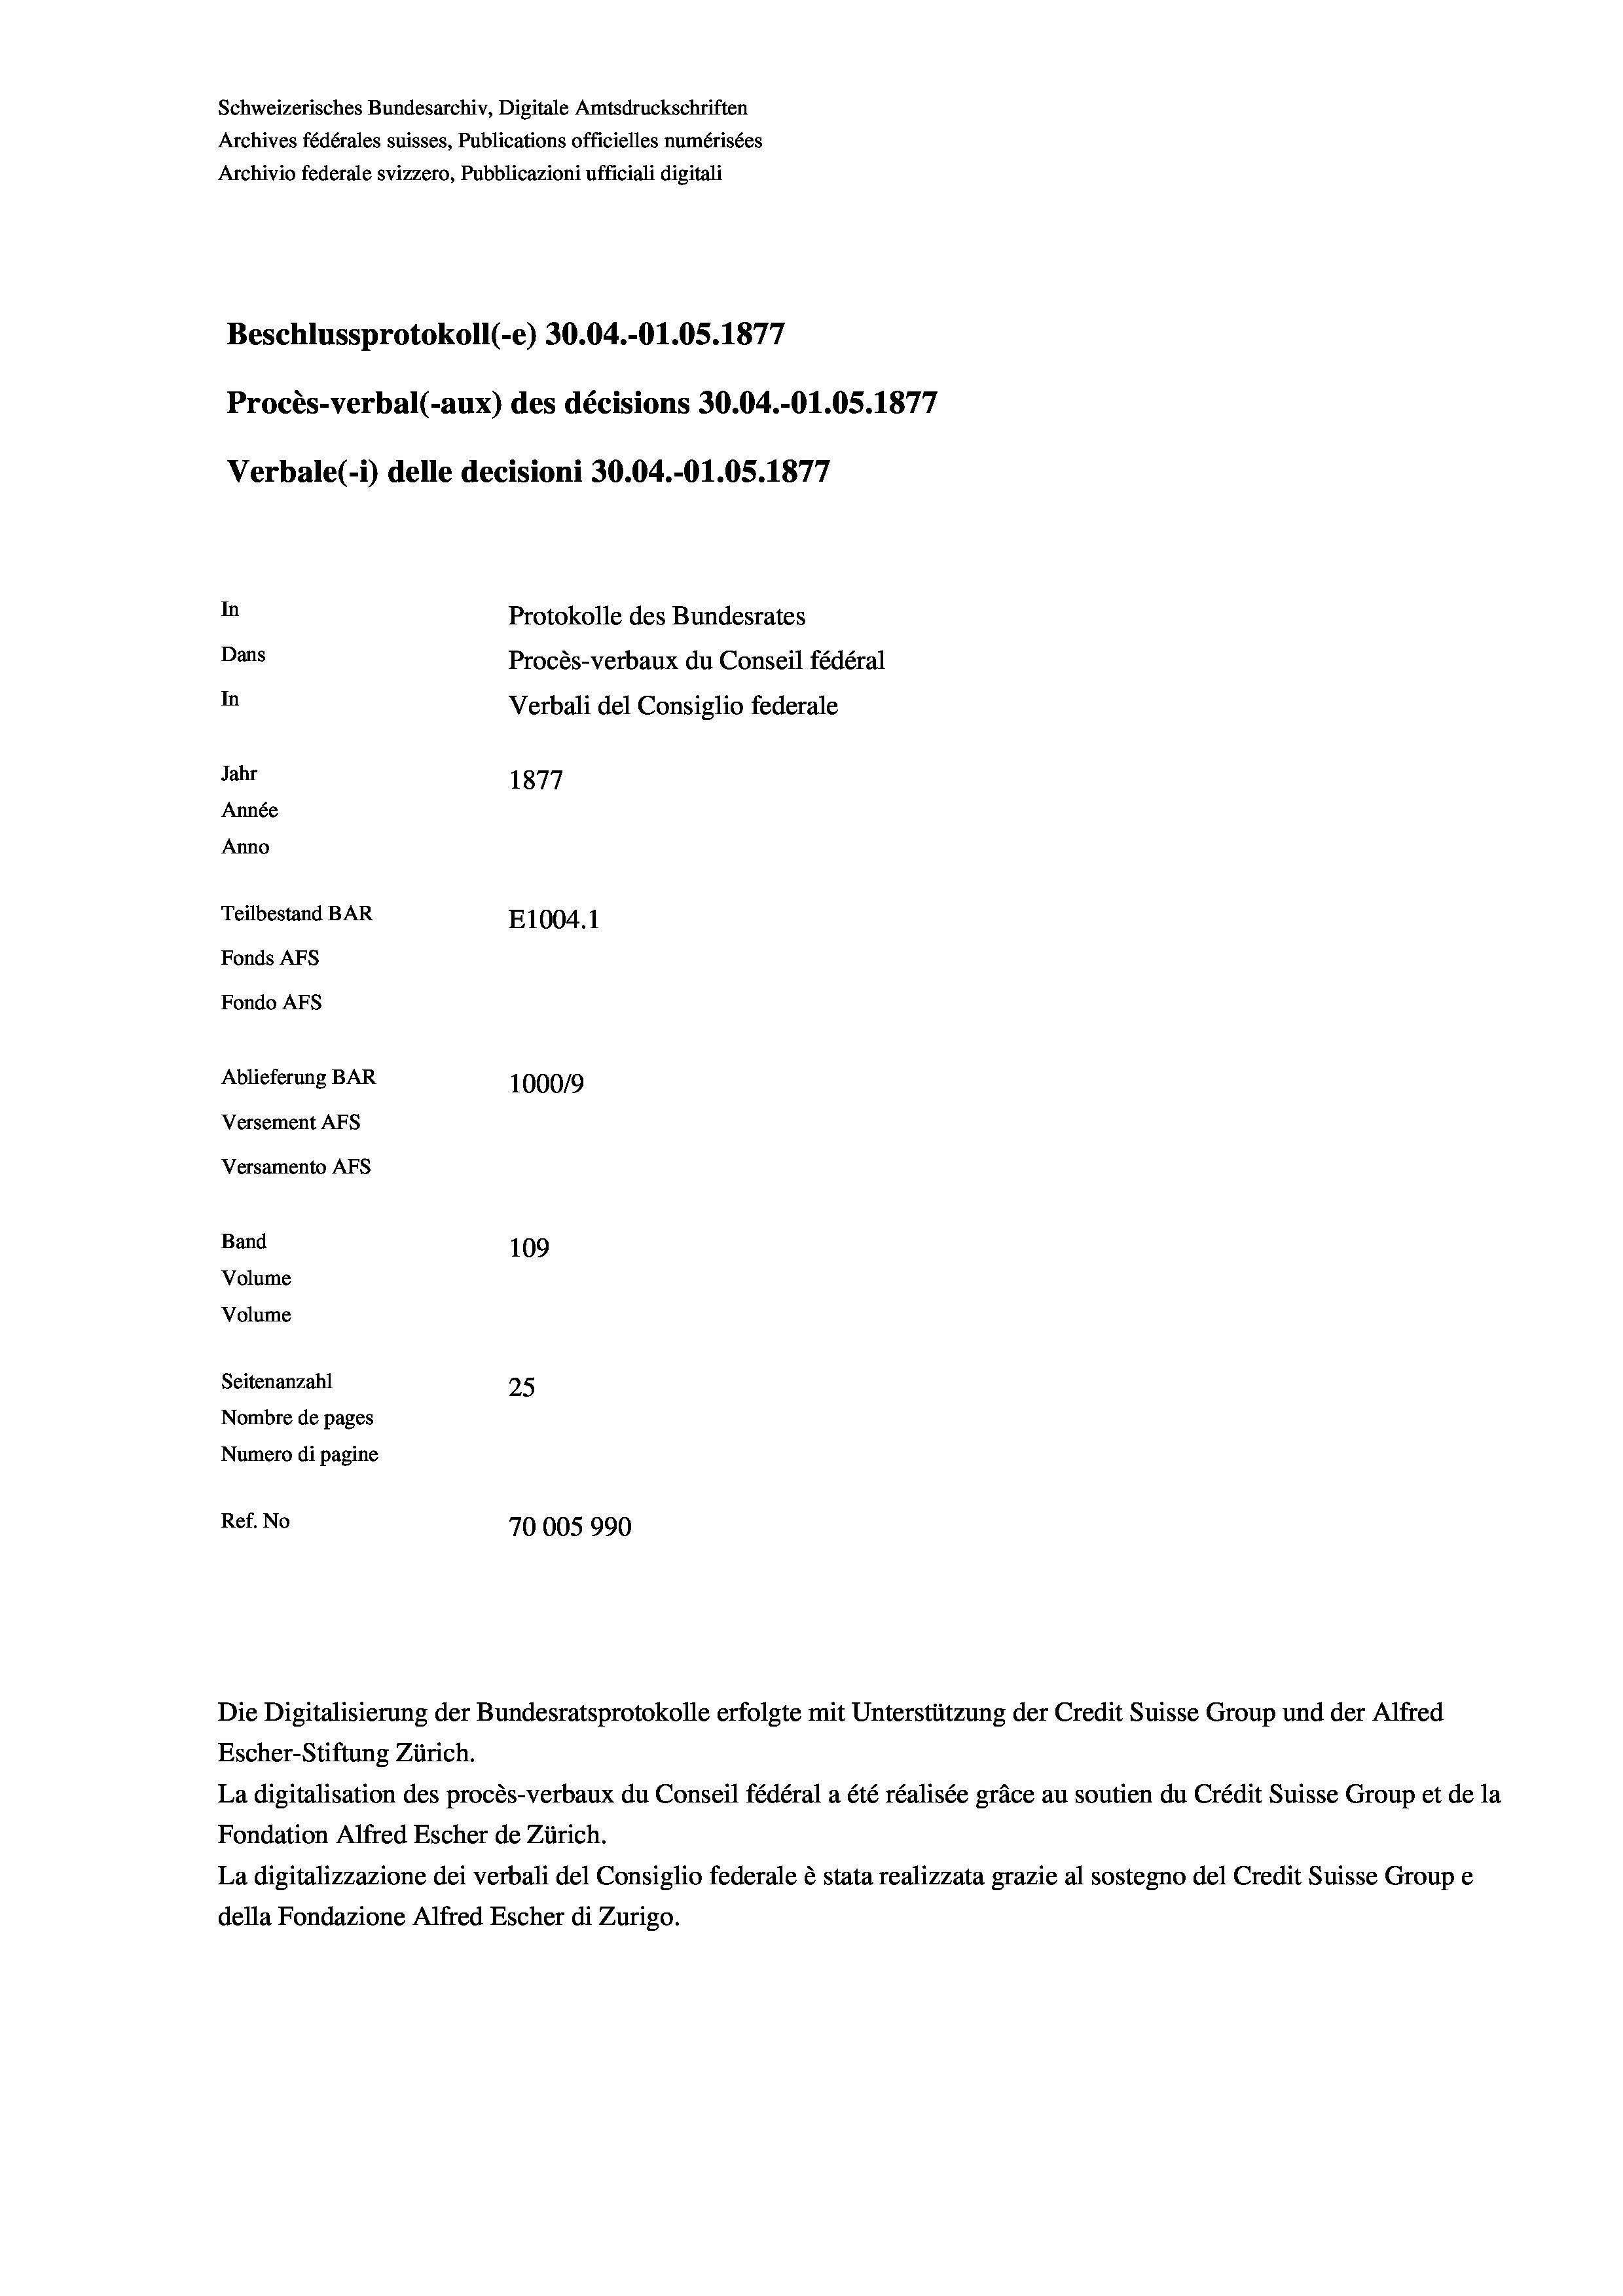
Schweizerisches Bundesarchiv, Digitale Amtsdruckschriften
Archives fédérales suisses, Publications officielles numérisées
Archivio federale svizzero, Pubblicazioni ufficiali digitali
Beschlussprotokoll (-e) 30.04.-O1.05. 1877
Procès-verbal (-aux) des décisions 30.04.-O1.05. 1877
Verbale(-*) delle decisioni 30.04.-O1.05. 1877
In
Protokolle des Bundesrates
Dans
Procès-verbaux du Conseil fédéral
In
Verbali del Consiglio federale
Jahr
1877
Année
Anno
Teilbestand BAR
E1004.1
Fonds Afs
Fondo AFS
Ablieferung BAR
100019
Versement AFs
Versamento AFs
Band
109
Volume
Volume
Seitenanzahl
25
Nombre de pages
Numero di pagine
Ref. No
70005990

Escher-Stiftung Zürich.
La digitalisation des procès-verbaux du Conseil fédéral a été réalisée gräce au soutien du Crédit Suisse Group et de la
Fondation Alfred Escher de Zürich.
La digitalizzazione dei verbali del Consiglio federale è stata realizzata grazie al sostegno del Credit Suisse Groupe
della Fondazione Alfred Escher di Zurigo.

Die Digitalisierung der Bundesratsprotokolle erfolgte mit Unterstützung der Credit Suisse Group und der Alfred